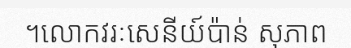
។លោកវរៈសេនីយ៍ប៉ាន់ សុភាព